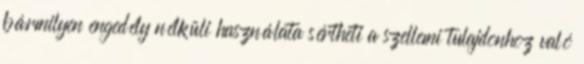
bármilyen engedély nélküli használata sértheti a szellemi tulajdonhoz való